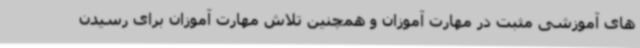
های آموزشی مثبت در مهارت آموزان و همچنین تلاش مهارت آموزان برای رسیدن